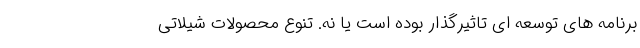
برنامه های توسعه ای تاثیرگذار بوده است یا نه. تنوع محصولات شیلاتی